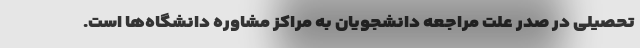
تحصیلی در صدر علت مراجعه دانشجویان به مراکز مشاوره دانشگاه‌ها است.